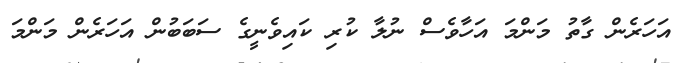
އަހަރެން ގާތު މަންމަ އަހާވެސް ނުލާ ކުރި ކައިވެނީގެ ސަބަބުން އަހަރެން މަންމަ